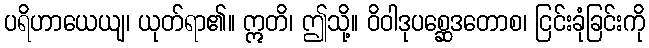
ပရိဟာယေယျ၊ ယုတ်ရာ၏။ ဣတိ၊ ဤသို့။ ဝိဝါဒုပစ္ဆေဒတောစ၊ ငြင်းခုံခြင်းကို